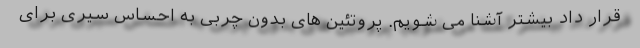
قرار داد بیشتر آشنا می شویم. پروتئین های بدون چربی به احساس سیری برای